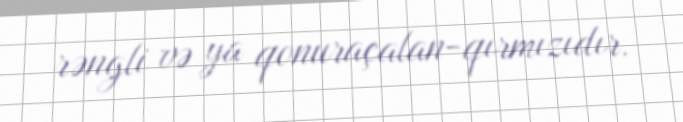
rəngli və ya qonuraçalan-qırmızıdır.